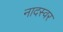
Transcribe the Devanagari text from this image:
नादस्वर